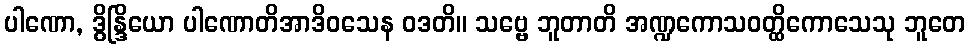
ပါဏော, ဒွိန္ဒြိယော ပါဏောတိအာဒိဝသေန ဝဒတိ။ သဗ္ဗေ ဘူတာတိ အဏ္ဍကောသဝတ္ထိကောသေသု ဘူတေ